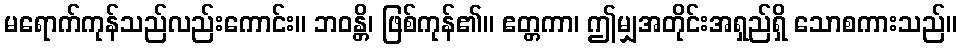
မရောက်ကုန်သည်လည်းကောင်း။ ဘဝန္တိ၊ ဖြစ်ကုန်၏။ ဧတ္တကာ၊ ဤမျှအတိုင်းအရှည်ရှိ သောစကားသည်။